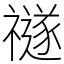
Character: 禭